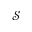
\mathcal { S }